Document type: Sale
Year: 1440
Scribe: Pere Pau Pujades
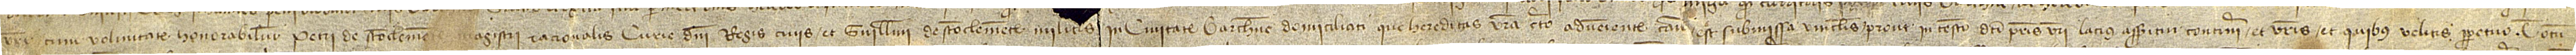
vestri, cum voluntate honorabilium Petri de Sanctoclemente, magistri racionalis curie domini regis, civis, et Guillelmi de Sanctoclemente, militis in civitate Barchinone domiciliati, que hereditas vestra certo adveniente casu est submissa vinculis, prout in testamento dicti patris vestri lacius asseritur contineri, et vestris et quibus velitis perpetuo, totum